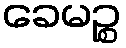
ခေမဉ္စ